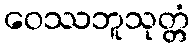
ဝေဿဘူသုတ္တံ